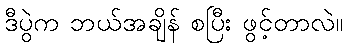
ဒီပွဲက ဘယ်အချိန် စပြီး ဖွင့်တာလဲ။